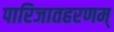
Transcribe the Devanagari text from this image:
पारिजातहरणम्